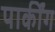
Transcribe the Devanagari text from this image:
पार्कींग